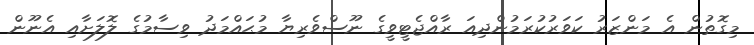
މިގޮތުން އެ މަންޒަރު ކަވަރުކުރަމުންދިއަ ރާއްޖެޓީވީގެ ނޫސްވެރިޔާ މުޙައްމަދު ވިސާމުގެ ލޮލަށާއި އެނޫން